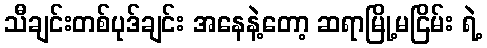
သီချင်းတစ်ပုဒ်ချင်း အနေနဲ့တော့ ဆရာမြို့မငြိမ်း ရဲ့